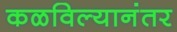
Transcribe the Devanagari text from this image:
कळविल्यानंतर